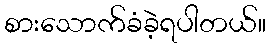
စားသောက်ခံခဲ့ရပါတယ်။